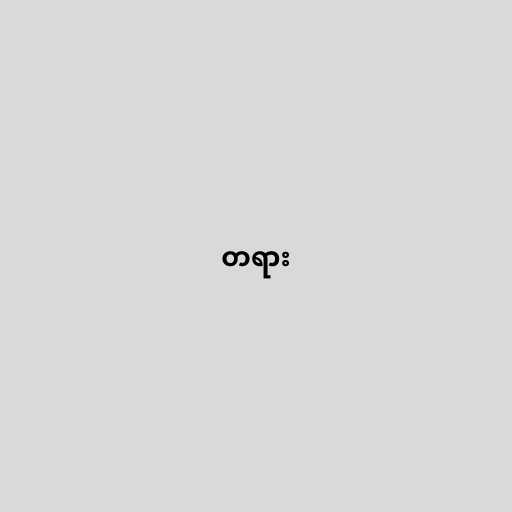
တရား